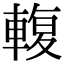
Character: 輹